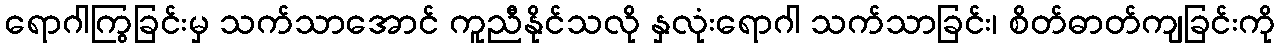
ရောဂါကြွခြင်းမှ သက်သာအောင် ကူညီနိုင်သလို နှလုံးရောဂါ သက်သာခြင်း၊ စိတ်ဓာတ်ကျခြင်းကို